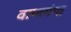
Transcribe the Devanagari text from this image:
वाणगंगा